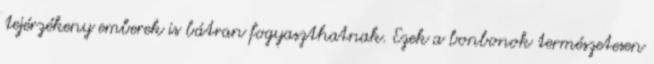
tejérzékeny emberek is bátran fogyaszthatnak. Ezek a bonbonok természetesen